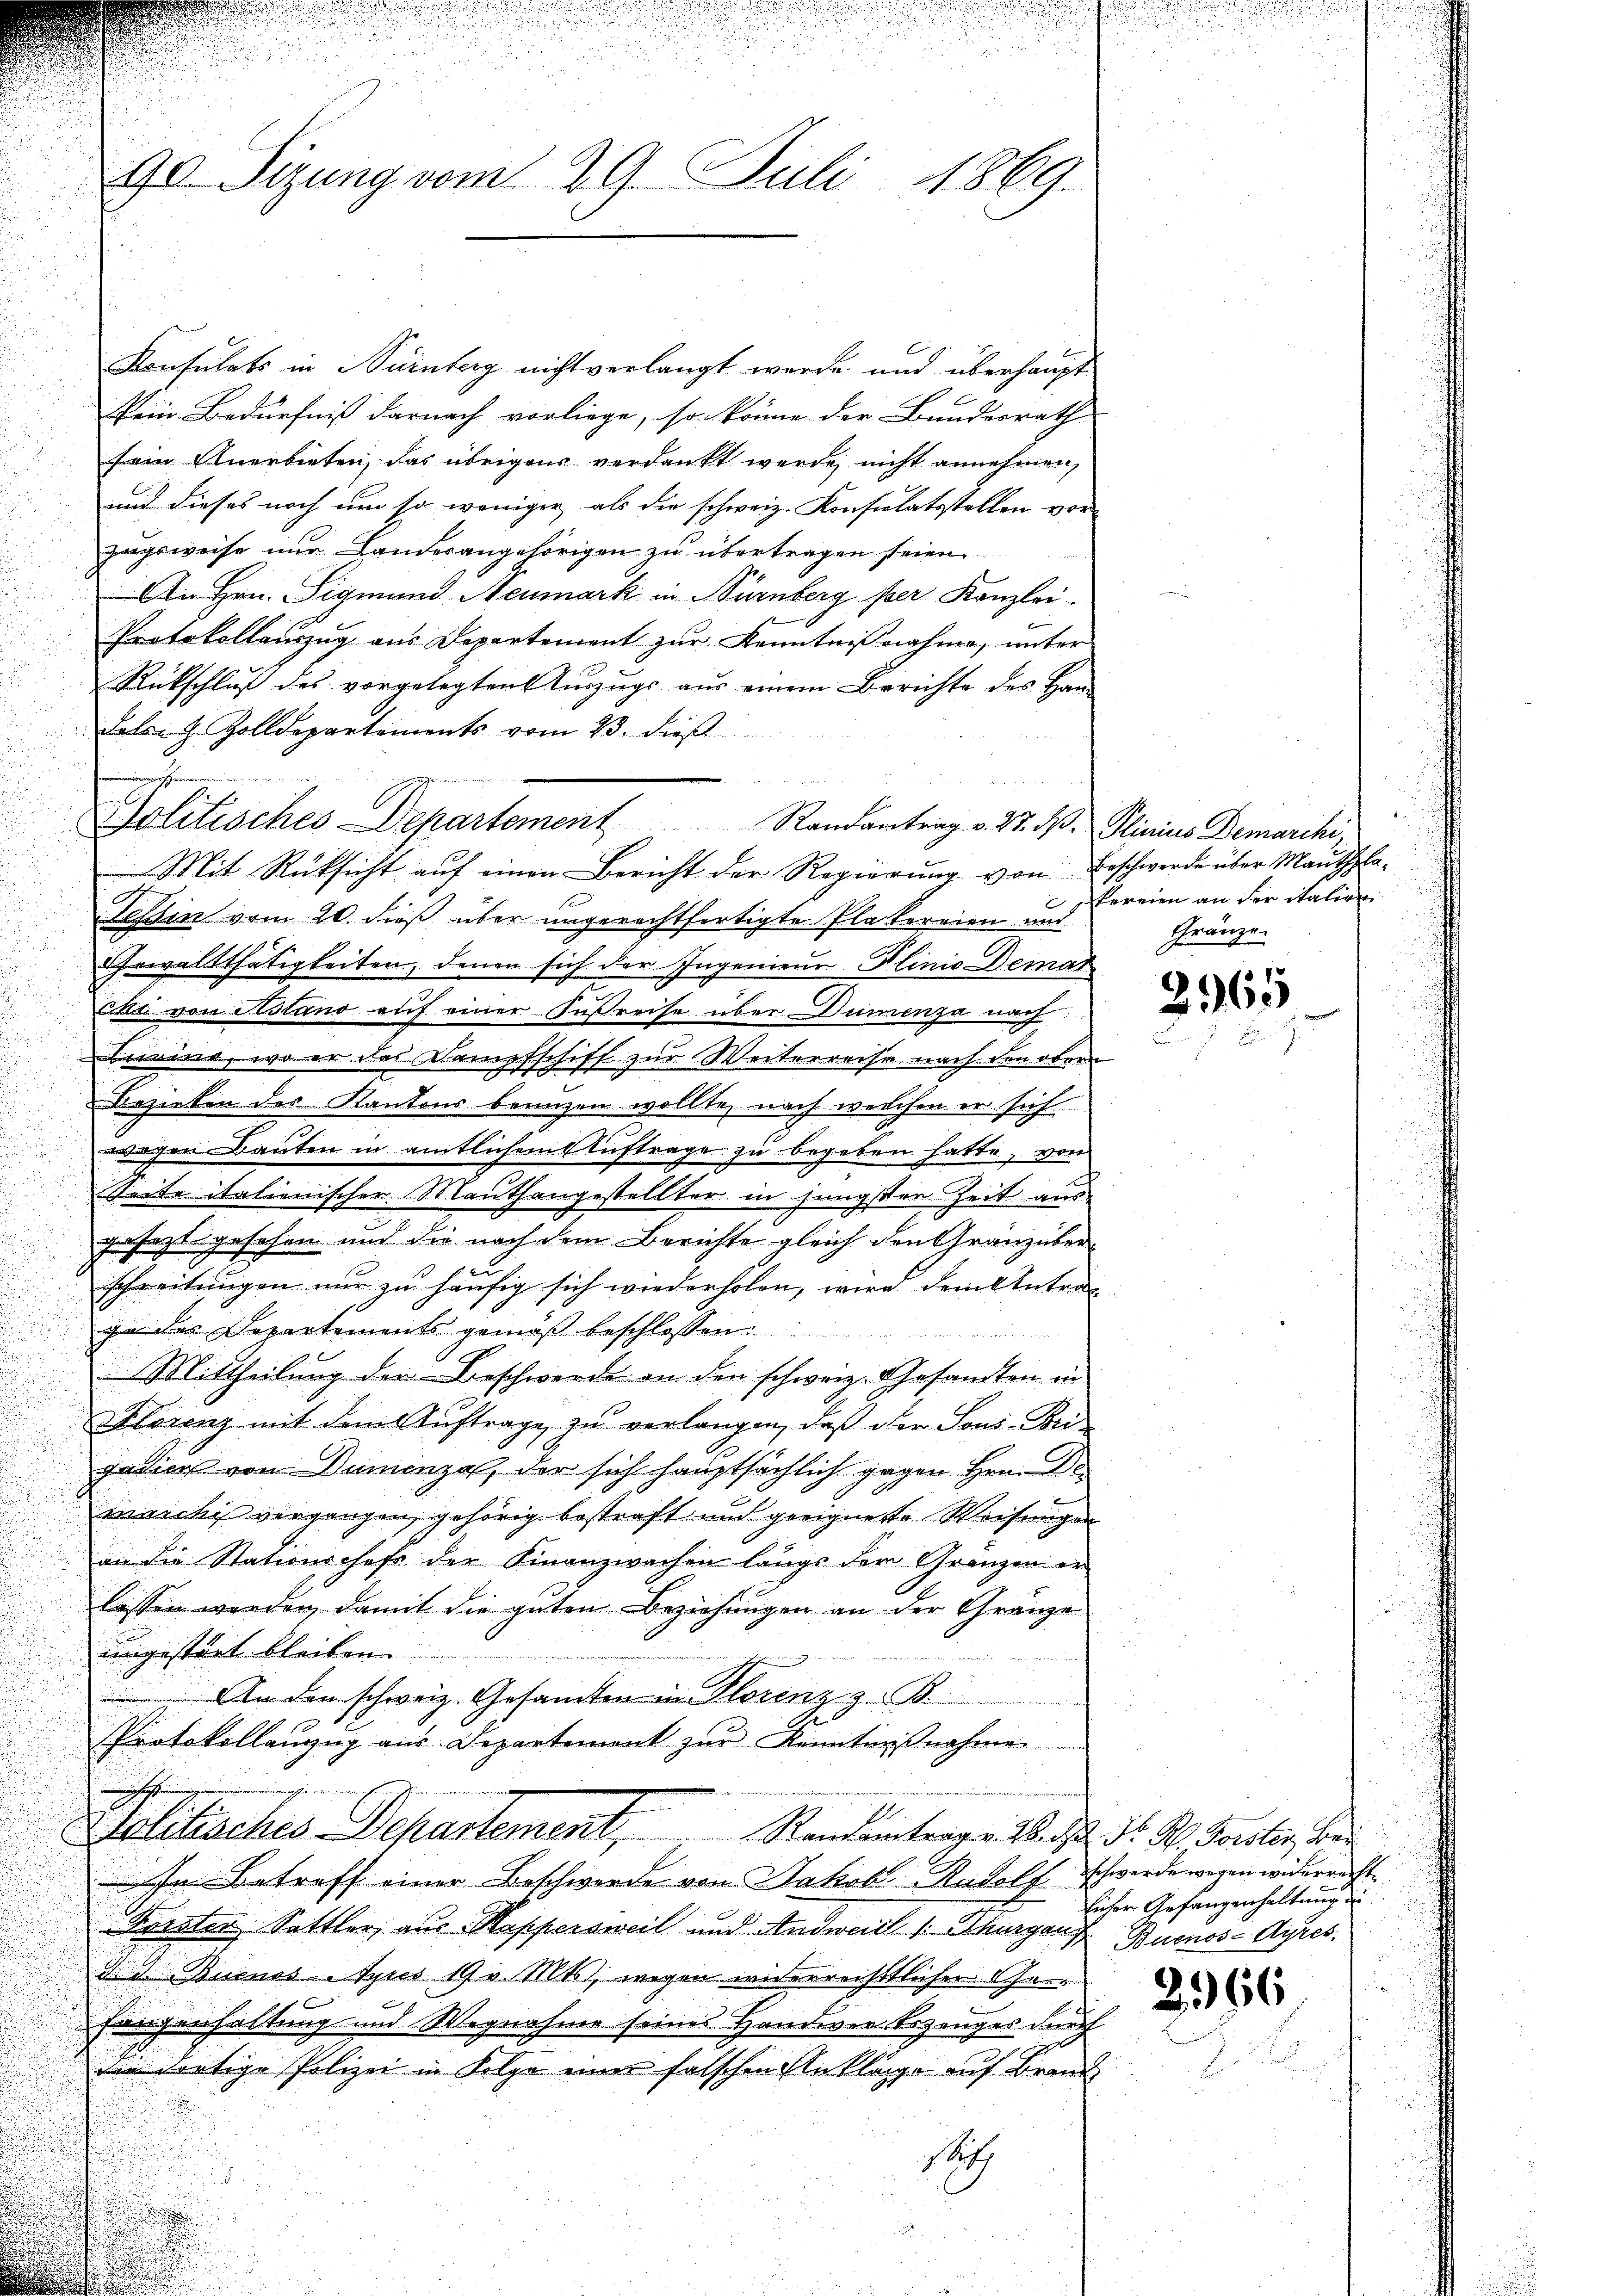
90. Sizung vom 29. Juli 1869.

Konsulats in Nürnberg nicht verlangt werde und überhaupt
kein Bedürfniß darnach vorliege, so könne der Bundesrath |
sein Anerbieten, das übrigens verdankt werde, nicht annehmen,
und dieses noch um so weniger als die schweiz. Konsulatsstellen vor
zugsweise nur Landerangehörigen zu übertragen seien.
An Hrn. Sigmund Neumark in Nürnberg per Kanzlei
Protokollauszug aus Departement zur Kenntnißnahme, unter
Rückschluß des vorgelegten Auszugs aus einem Berichte des Han¬
False J. Zolldepartements vom 23. dieβ
u
Mit Rüksicht aŭf einen Bericht der Regierŭng von Beschwerde über Mauthpla¬
Tessin vom 20. dieß über ungerechtfertigte Platereien und
Gewaltthätigkeiten, denen sich der Ingenieur Klinio Demar
ci von Astano auf einer Fußreise über Duncenza nach
Livina, wo er das Kampfschift zur Weiterreise nach den obern
Bezirken des Kantons benuzen wollte, nach welchen er sich
wegen Bauten in amtlichem Auftrage zu begeben hatte, von
Seite italienischer Mauthangestellter in jüngster Zeit aus-
gesezt gesehen und die nach dem Berichte gleich den Gränz über¬
1
schreitungen nur zu häufig sich wiederholen, wird dem Antrag
ge des Departements gemäβ beschlossen.
Mittheilung der Beschwerde an den schweiz. Gesandten in
Florenz mit dem Auftrage zu verlangen, daß der Sons-Bei-
gadiers von Dummenza, der sich hauptsächlich gegen Hrn. Der
marches vergangen, gehörig bestraft und geeignete Weisungen
an die Stationschefs der Finanzwachen längs der Gränzen er
lassen werden, damit die guten Beziehungen an der Gränze
ungestört bleiben.
An den schweiz. Gesamten in Florenz z. B.
Protokollanzug aus Departement zur Kenntnißnahme
i
.
Tolitisches Departement,
Randantrag v. 28. d. d. W. Forster, Bei
In Betreff einer Beschwerde von Jakob Rudolf Schwerdenwegen widerrecht
Fristen, Sattler, aus Kappersweil und Andweidl   Thurgauf Buenos-Ayres.
R. v. Buenos-Ayres 19 v. Mts., wegen widerreistlicher Ganfangenhaltung und Wegnahme seines Handwertszeuges durch
die dortige Polizei in Folge eines falschen Anklage auf Brand
Satz

Politisches Departement Randantrag v. 27. ds. Plinius Demarchi,

kereien an der italien
Gränze.

2965

licher Gefangenhaltung de

2366